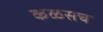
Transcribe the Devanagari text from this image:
कळसच